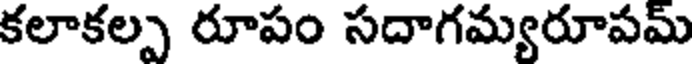
కలాకల్ప రూపం సదాగమ్యరూపమ్